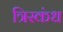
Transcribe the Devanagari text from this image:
त्रिस्कंध